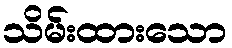
သိမ်းထားသော